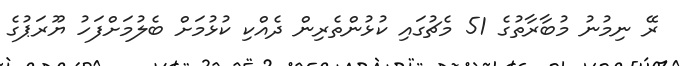
ރޭ ނިމުނު މުބާރާތުގެ 51 މެޗުގައި ކުޅުންތެރިން ދެއްކި ކުޅުމަށް ބެލުމަށްފަހު ޔޫރަޕުގެ